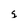
Character: s